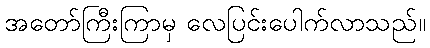
အတော်ကြီးကြာမှ လေပြင်းပေါက်လာသည်။